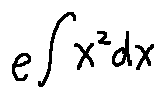
e ^ { \int x ^ { 2 } d x }